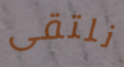
نلتقى